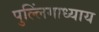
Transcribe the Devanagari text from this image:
पुल्लिंगाध्याय